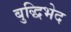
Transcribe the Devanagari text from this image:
बुद्धिभेद